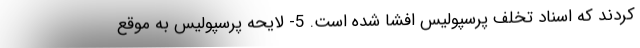
کردند که اسناد تخلف پرسپولیس افشا شده است. 5- لایحه پرسپولیس به موقع